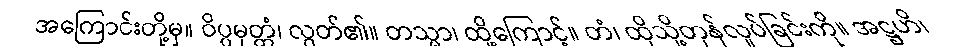
အကြောင်းတို့မှ။ ဝိပ္ပမုတ္တံ၊ လွတ်၏။ တသ္မာ၊ ထို့ကြောင့်။ တံ၊ ထိုသို့တုန်လှုပ်ခြင်းကို။ အဋ္ဌဟိ၊